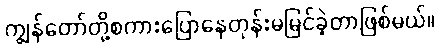
ကျွန်တော်တို့စကားပြောနေတုန်းမမြင်ခဲ့တာဖြစ်မယ်။